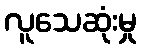
လူသေဆုံးမှု